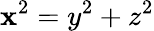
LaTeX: \mathbf{x}^{2}=y^{2}+z^{2}